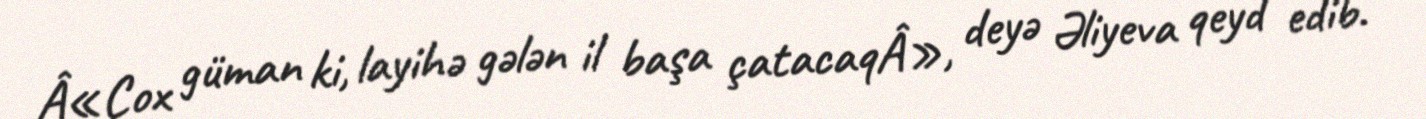
Â«Çox güman ki, layihə gələn il başa çatacaqÂ», deyə Əliyeva qeyd edib.